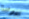
بيوتنا